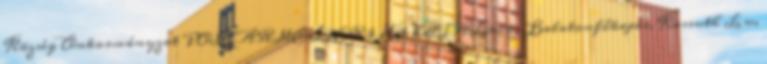
Község Önkormányzat POLGÁRMESTERI HIVATAL 8164. Balatonfőkajár, Kossuth L. u.